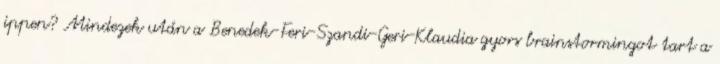
ippen? Mindezek után a Benedek-Feri-Szandi-Geri-Klaudia gyors brainstormingot tart a